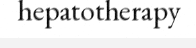
hepatotherapy